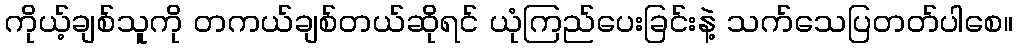
ကိုယ့်ချစ်သူကို တကယ်ချစ်တယ်ဆိုရင် ယုံကြည်ပေးခြင်းနဲ့ သက်သေပြတတ်ပါစေ။